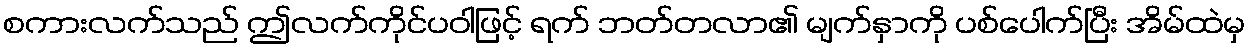
စကားလက်သည် ဤလက်ကိုင်ပဝါဖြင့် ရက် ဘတ်တလာ၏ မျက်နှာကို ပစ်ပေါက်ပြီး အိမ်ထဲမှ